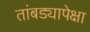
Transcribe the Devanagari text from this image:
तांबड्यापेक्षा